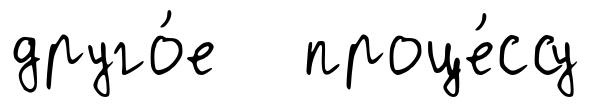
друго́е проце́ссу